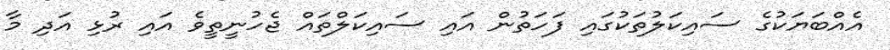
އެއްބަޔަކުގެ ސައިކަލުތަކުގައި ފަހަތުން އައި ސައިކަލްތައް ޖެހުނީތީވެ އައި ރުޅި އަދި މާ